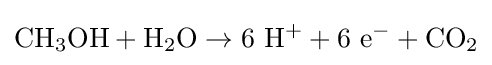
\mathrm {CH_{3}OH+H_{2}O\to 6\ H^{+}+6\ e^{-}+CO_{2}}